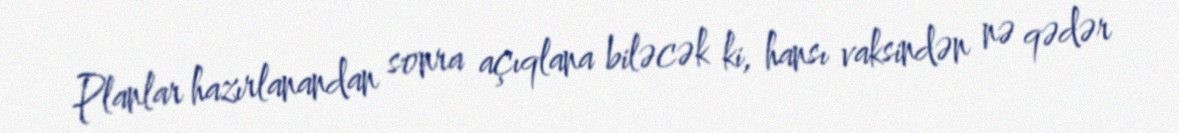
Planlar hazırlanandan sonra açıqlana biləcək ki, hansı vaksindən nə qədər